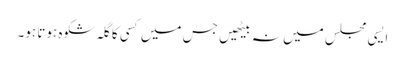
ایسی مجلس میں نہ بیٹھیں جس میں کسی کا گلہ شکوہ ہوتا ہو۔